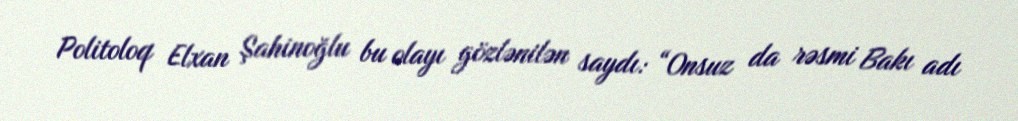
Politoloq Elxan Şahinoğlu bu olayı gözlənilən saydı: “Onsuz da rəsmi Bakı adı